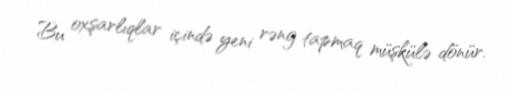
Bu oxşarlıqlar içində yeni rəng tapmaq müşkülə dönür.